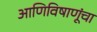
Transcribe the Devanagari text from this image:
आणिविषाणूंचा